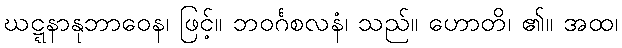
ဃဋ္ဋနာနုဘာဝေန၊ ဖြင့်။ ဘဝင်္ဂစလနံ၊ သည်။ ဟောတိ၊ ၏။ အထ၊